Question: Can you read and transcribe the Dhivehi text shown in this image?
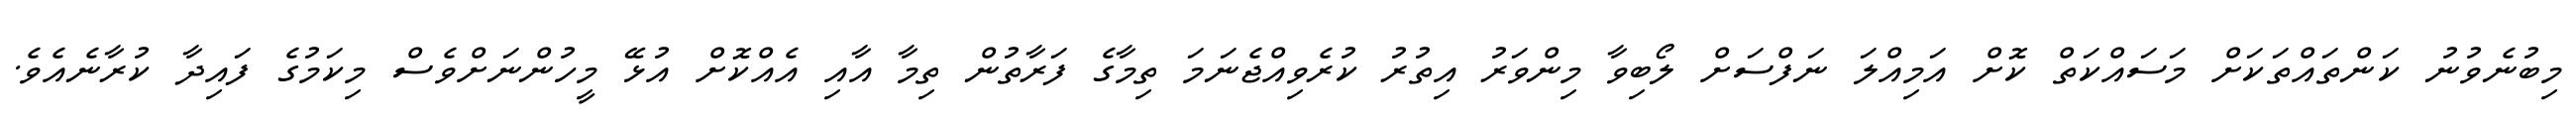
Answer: މިބުނެވުނު ކަންތައްތަކަށް މަސައްކަތް ކޮށް އަމިއްލަ ނަފްސަށް ލޯބިވާ މިންވަރު އިތުރު ކުރެވިއްޖެނަމަ ތިމާގެ ފަރާތުން ތިމާ އާއި އެއްކޮށް އުޅޭ މީހުންނަށްވެސް މިކަމުގެ ފައިދާ ކުރާނެއެވެ.